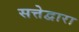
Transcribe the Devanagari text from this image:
सत्तेद्वारा